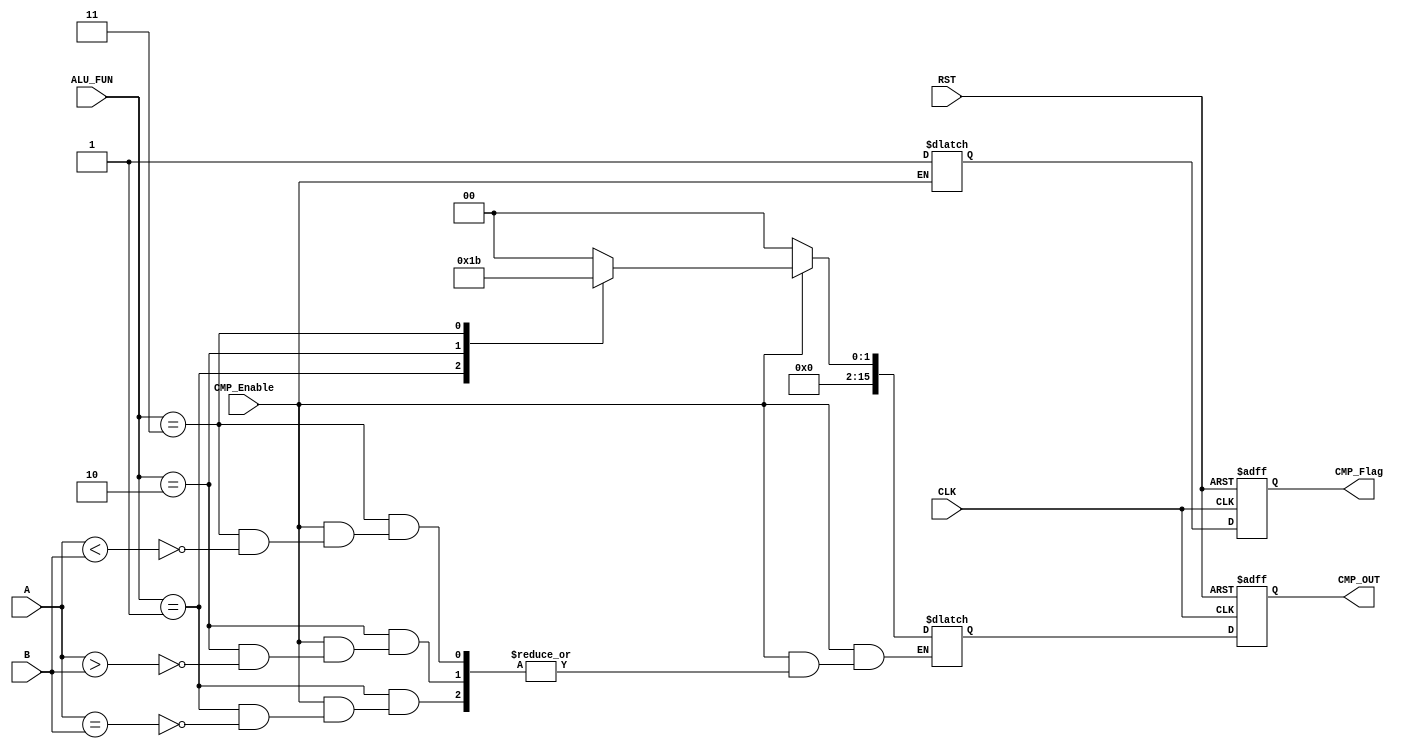
module CMP_Unit #(parameter Width = 16)
(

input       [Width-1 :0]               A,
input       [Width-1 :0]               B,
input                                  CLK,
input       [1:0]                      ALU_FUN,
input                                  RST,
input                                  CMP_Enable,
output      reg                        CMP_Flag,
output      reg[Width-1 :0]            CMP_OUT


);



wire                         High; 
wire                         LOW;
reg   [Width-1 :0]           CMP_OUT_R;
reg                          CMP_Flag_R;



always @(*)               
 begin 
  if (CMP_Enable)
   begin
               CMP_Flag_R = High;
			   
	  case (ALU_FUN)
	  
	//Compare Operations:


			   2'b00 : 
			   begin                                  //NOP
				 CMP_OUT_R = 16'b0000;
				 end
				
				
			   2'b01 : 
			   begin 
				if (A == B)                                     //Equal
				 CMP_OUT_R = 16'b0001;
				 end
				
			   2'b10 :                                       //Greater than
			   begin 
				if ( A > B)
				 CMP_OUT_R = 16'b0010;
				 end
				
			   2'b11 :                                      //Smaller than
			   begin
				if (A < B)
				 CMP_OUT_R = 16'b0011;
				 end
		endcase 
	end
  else
   begin
    CMP_OUT_R = 16'b0;
  end	
end 	



always @ (posedge CLK or negedge RST)                 
begin 
 if (!RST)
  begin
  CMP_OUT <= 16'b0;
  CMP_Flag <= 1'b0;
  end
 else
  begin 
  CMP_OUT <= CMP_OUT_R;
  CMP_Flag <= CMP_Flag_R;
  end
end


assign High = 1'b1;
assign LOW = 1'b0;



endmodule